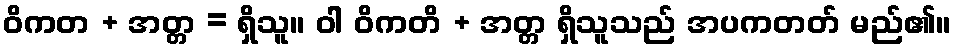
ဝိကတ + အတ္တ = ရှိသူ။ ဝါ ဝိကတိ + အတ္တ ရှိသူသည် အပကတတ် မည်၏။